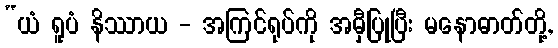
“ယံ ရူပံ နိဿာယ - အကြင်ရုပ်ကို အမှီပြုပြီး မနောဓာတ်တို့,